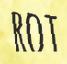
ROT